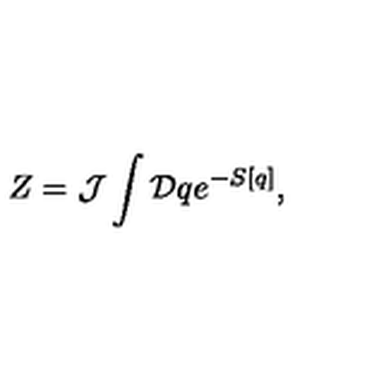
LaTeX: Z = { \cal J } \int { \cal D } q e ^ { - S [ q ] } ,